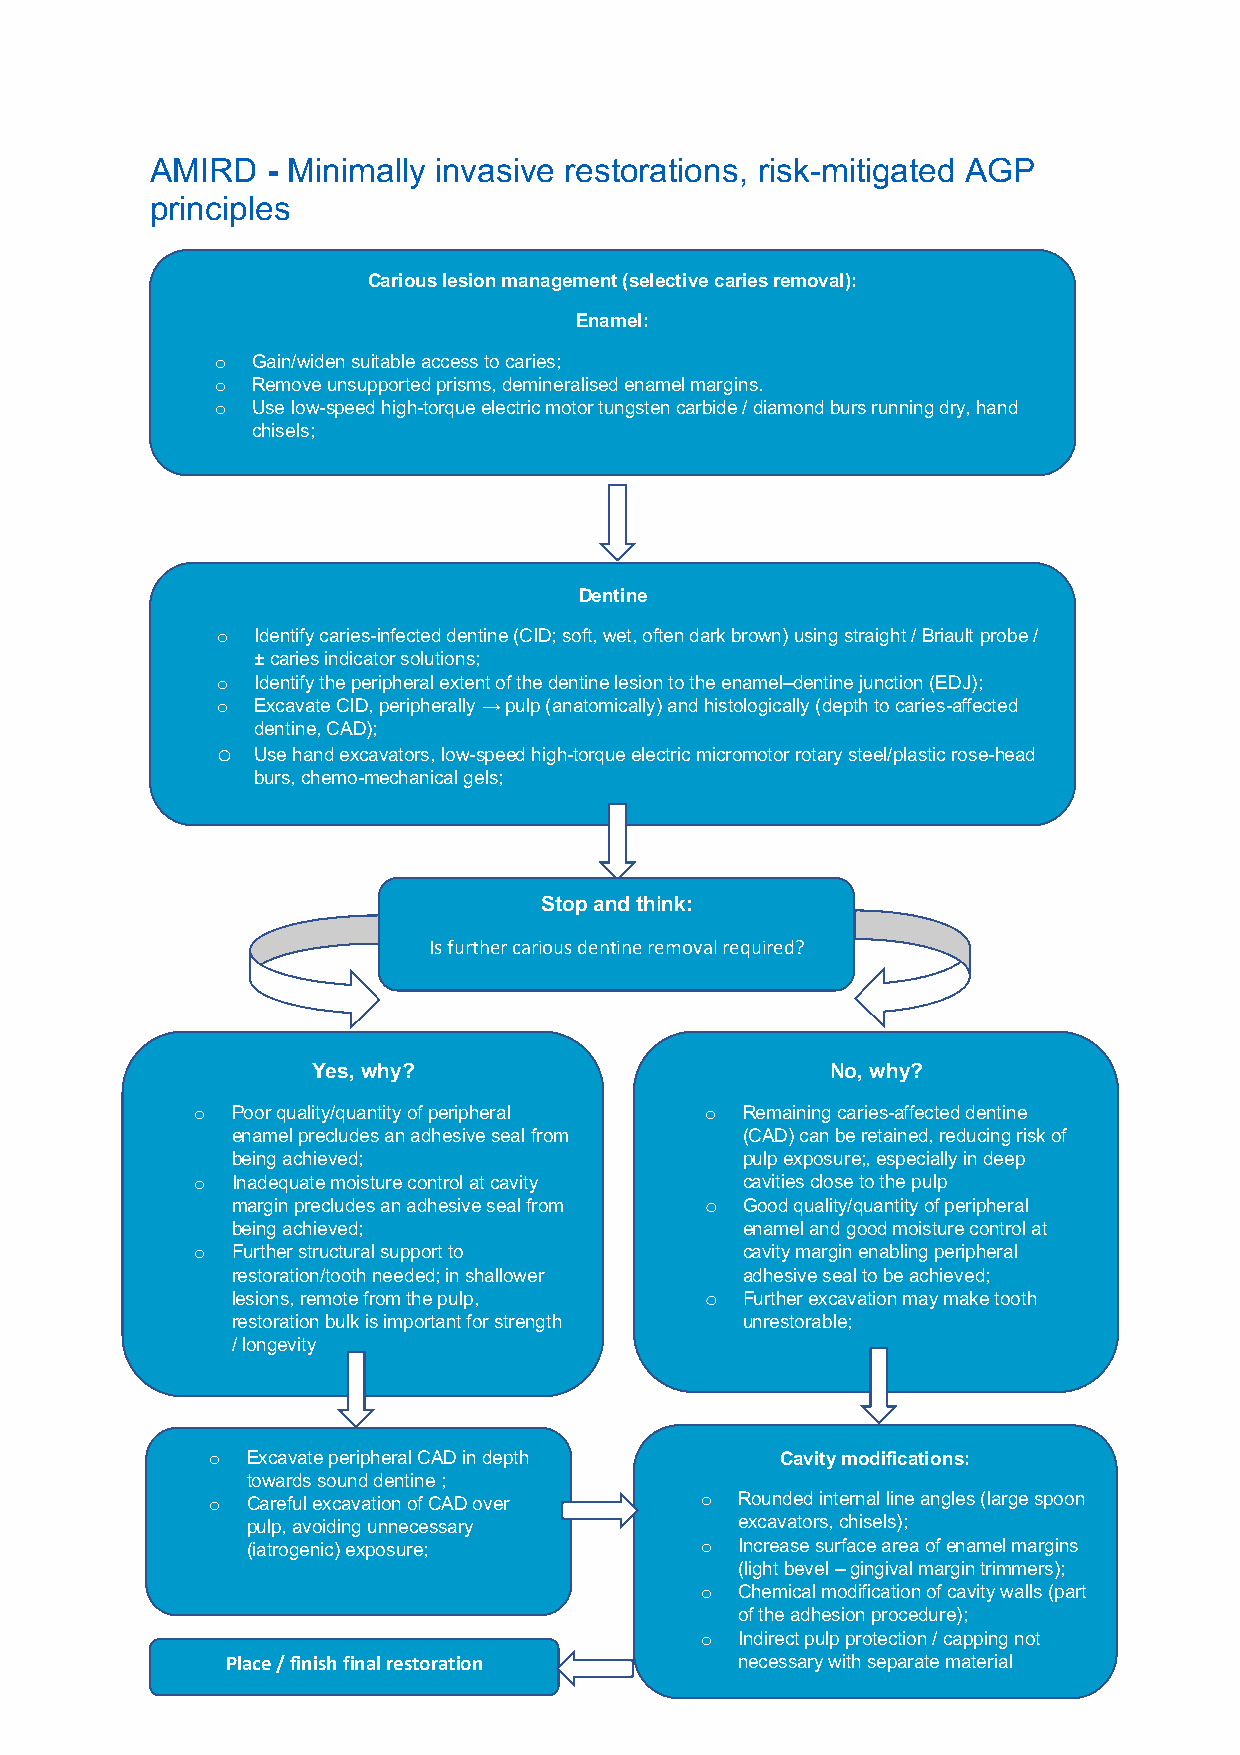
AMIRD   - Minimally invasive restorations, risk-mitigated AGP
 principles
 Carious lesion management (selective caries removal):
 Enamel:
 o  Gain/widen suitable access to caries;
 o  Remove unsupported pr isms, demineralised enamel margins.
 o  Use low-speed high-torque electric motor tungsten carbide / diamond burs running dry, hand
 chisels;
 Dentine
 o  Identify caries-infected dentine (CID; soft, wet, often dark brown) using straight / Briault probe /
 ± caries indicator solutions;
 o  Identify the peripheral extent of the dentine lesion to the enamel–dentine junction (EDJ);
 o  Excavate CID, peripherally → pulp (anatomically) and histologically (depth to caries-affected
 dentine, CAD);
 o  Use hand excavators, low-speed high-torque electric micromotor rotary steel/plastic rose-head
 burs, chemo-mechanical gels;
 Stop and think:
 Is further carious dentine removal required?
 Yes, why?                         No, why?
 o Poor quality/quantity of peripheral o Remaining caries-affected dentine
 enamel precludes an adhesive seal from (CAD) can be retained, reducing risk of
 being achieved;                   pulp exposure;, especially in deep
 o Inadequate moisture control at cavity cavities close to the pulp
 margin precludes an adhesive seal from o Good quality/quantity of peripheral
 being achieved;                   enamel and good moisture control at
 o Further structural support to     cavity margin enabling peripheral
 restoration/tooth needed; in shallower adhesive seal to be achieved;
 lesions, remote from the pulp,  o Further excavation may make tooth
 restoration bulk is important for strength unrestorable;
 / longevity
 o Excavate peripheral CAD in depth    Cavity modifications:
 towards sound dentine ;
 o Careful excavation of CAD over o Rounded internal line angles (large spoon
 pulp, avoiding unnecessary       excavators, chisels);
 (iatrogenic) exposure;        o  Increase surface area of enamel margins
 (light bevel – gingival margin trimmers);
 o  Chemical modification of cavity walls (part
 of the adhesion procedure);
 o  Indirect pulp protection / capping not 55
 Place / finish final restoration  necessary with separate material